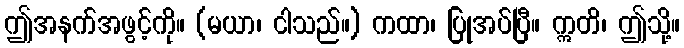
ဤအနက်အဖွင့်ကို။ (မယာ၊ ငါသည်။) ကထာ၊ ပြုအပ်ပြီ။ ဣတိ၊ ဤသို့။